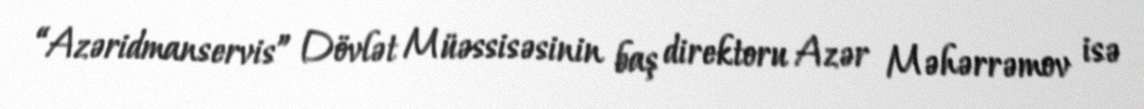
“Azəridmanservis” Dövlət Müəssisəsinin baş direktoru Azər Məhərrəmov isə